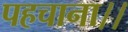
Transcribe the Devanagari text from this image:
पहचाना।।